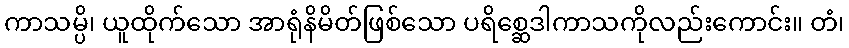
ကာသမ္ပိ၊ ယူထိုက်သော အာရုံနိမိတ်ဖြစ်သော ပရိစ္ဆေဒါကာသကိုလည်းကောင်း။ တံ၊